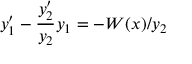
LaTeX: y _ { 1 } ^ { \prime } - { \frac { y _ { 2 } ^ { \prime } } { y _ { 2 } } } y _ { 1 } = - W ( x ) / y _ { 2 }